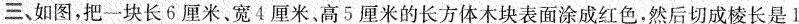
三、如图，把一块长6厘米、宽4厘米。高5厘米的长方体木块表面涂成红色，然后切成棱长是1